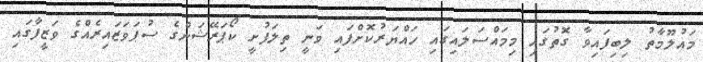
މައުލޫމާތު ލިބިފައިވާ ގޮތުގައި މިމައްސަލައިގައި ހައްޔަރުކޮށްފައި ވަނީ ތިލަފުށީ ކޯޕަރޭޝަންގެ ސުޕަވަޒައިރެއްގެ ވަޒީފާގައި